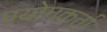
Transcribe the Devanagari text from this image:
पयोगकर्ता